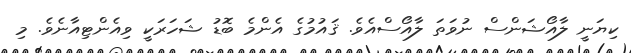
ކިޔަނީ ލާއޯޝަންސް ނުވަތަ ލާއޯސްއެވެ. ޤައުމުގެ އެންމެ ބޮޑު ޝަހަރަކީ ވިއެންޓިއާނެވެ. މި